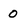
Character: 0